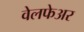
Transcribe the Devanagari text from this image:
वेलफेअर